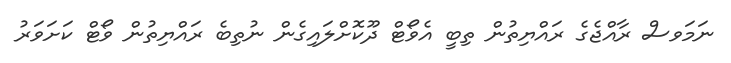
ނަމަވސް ރާއްޖެގެ ރައްޔިތުން ތިބީ އެވޯޓް ދޫކޮށްލައިގެން ނުތިބެ ރައްޔިތުން ވޯޓް ކަށަވަރު